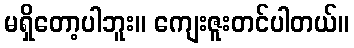
မရှိတော့ပါဘူး။ ကျေးဇူးတင်ပါတယ်။